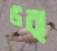
উব্